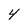
Character: 4